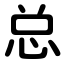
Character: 总